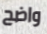
واضح